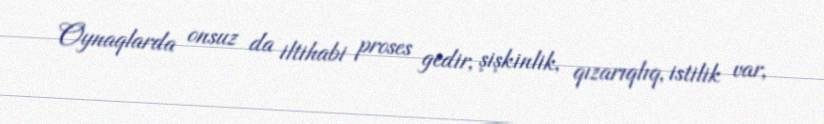
Oynaqlarda onsuz da iltihabi proses gedir, şişkinlik, qızarıqlıq, istilik var,